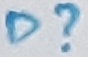
Text: D?